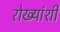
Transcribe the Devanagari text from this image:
रोख्यांशी